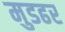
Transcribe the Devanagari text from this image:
मुडढर